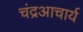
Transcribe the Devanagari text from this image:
चंद्रआचार्य